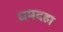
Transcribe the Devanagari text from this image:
धमदहा